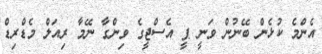
އެންމެ ކުޅެން ބޭނުން ވަނީ ޕީ އެސްޖީގެ ވިންގާ ނޭމާ ރިއަލް މެޑްރިޑް